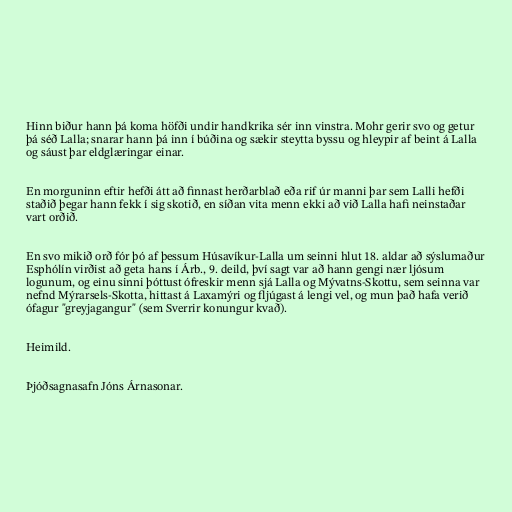
Hinn biður hann þá koma höfði undir handkrika sér inn vinstra. Mohr gerir svo og getur
þá séð Lalla; snarar hann þá inn í búðina og sækir steytta byssu og hleypir af beint á Lalla
og sáust þar eldglæringar einar.

En morguninn eftir hefði átt að finnast herðarblað eða rif úr manni þar sem Lalli hefði
staðið þegar hann fekk í sig skotið, en síðan vita menn ekki að við Lalla hafi neinstaðar
vart orðið.

En svo mikið orð fór þó af þessum Húsavíkur-Lalla um seinni hlut 18. aldar að sýslumaður
Esphólín virðist að geta hans í Árb., 9. deild, því sagt var að hann gengi nær ljósum
logunum, og einu sinni þóttust ófreskir menn sjá Lalla og Mývatns-Skottu, sem seinna var
nefnd Mýrarsels-Skotta, hittast á Laxamýri og fljúgast á lengi vel, og mun það hafa verið
ófagur "greyjagangur" (sem Sverrir konungur kvað).

Heimild.

Þjóðsagnasafn Jóns Árnasonar.